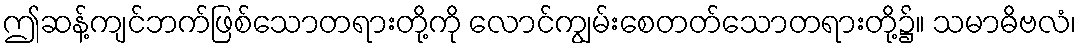
ဤဆန့်ကျင်ဘက်ဖြစ်သောတရားတို့ကို လောင်ကျွမ်းစေတတ်သောတရားတို့၌။ သမာဓိဗလံ၊